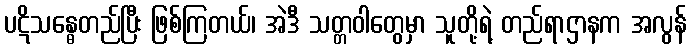
ပဋိသန္ဓေတည်ပြီး ဖြစ်ကြတယ်၊ အဲဒီ သတ္တဝါတွေမှာ သူတို့ရဲ့ တည်ရာဌာနက အလွန်